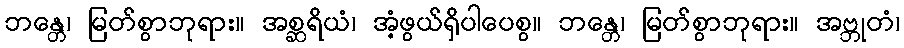
ဘန္တေ၊ မြတ်စွာဘုရား။ အစ္ဆရိယံ၊ အံ့ဖွယ်ရှိပါပေစွ။ ဘန္တေ၊ မြတ်စွာဘုရား။ အဗ္ဘုတံ၊